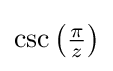
{\textstyle \csc \left({\frac {\pi }{z}}\right)}